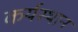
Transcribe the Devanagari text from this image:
कर्यस्थान